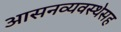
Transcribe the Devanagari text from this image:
आसनव्यवस्थेसह